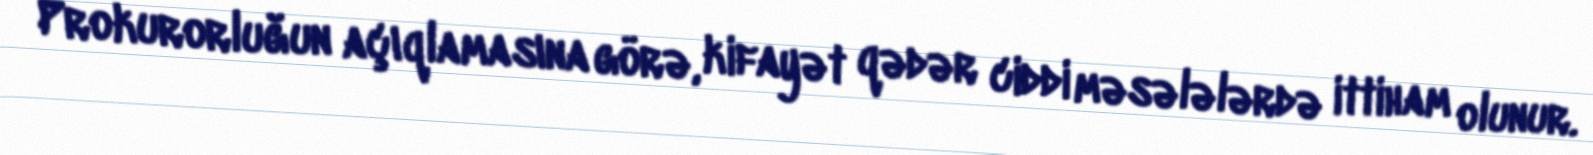
Prokurorluğun açıqlamasına görə, kifayət qədər ciddi məsələlərdə ittiham olunur.